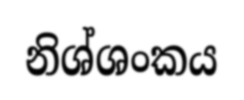
නිශ්ශංකය